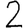
Digit: 2